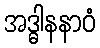
အဒ္ဓါနနာဝံ